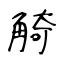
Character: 觭